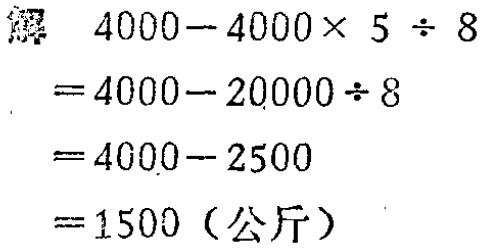
解
\[
\begin{align*}
&4000 - 4000\times5\div8\\
=&4000 - 20000\div8\\
=&4000 - 2500\\
=&1500 (\text{公斤})
\end{align*}
\]